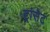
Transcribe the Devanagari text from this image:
ट्रांसेट